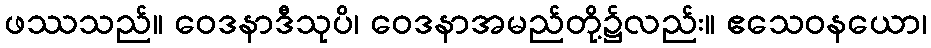
ဖဿသည်။ ဝေဒနာဒီသုပိ၊ ဝေဒနာအမည်တို့၌လည်း။ ဧသေဝနယော၊